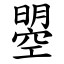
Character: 曌